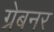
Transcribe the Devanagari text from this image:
ग्रेबनर